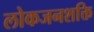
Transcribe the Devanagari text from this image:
लोकजनशक्ति